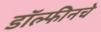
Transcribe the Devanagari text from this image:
डॉल्फीनचे